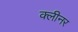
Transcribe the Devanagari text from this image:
क्‍लीनर